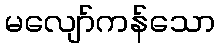
မလျော်ကန်သော